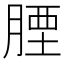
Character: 𦝪